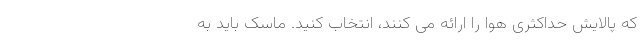
که پالایش حداکثری هوا را ارائه می کنند، انتخاب کنید. ماسک باید به